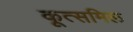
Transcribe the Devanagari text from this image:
कूत्समिल